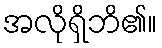
အလိုရှိဘိ၏။